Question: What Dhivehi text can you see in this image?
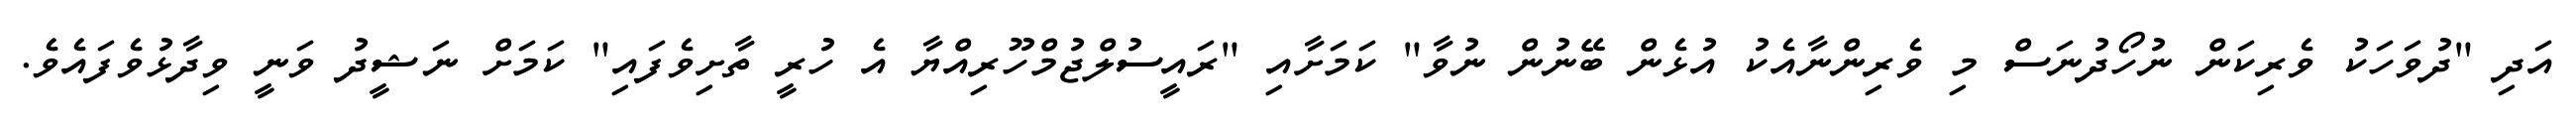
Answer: އަދި "ދުވަހަކު ވެރިކަން ނުހޯދުނަސް މި ވެރިންނާއެކު އުޅެން ބޭނުން ނުވާ" ކަމަށާއި "ރައީސުލްޖުމްހޫރިއްޔާ އެ ހުރީ ތާށިވެފައި" ކަމަށް ނަޝީދު ވަނީ ވިދާޅުވެފައެވެ.